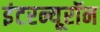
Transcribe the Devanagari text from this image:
इंटरन्यूरॉन